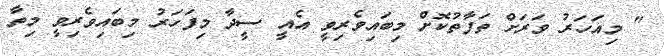
" މިއަހަރު ވަރަށް ތަފާތުކޮށް މިބައިވެރިވީ އެއީ ސީދާ މިފަހަރު މިބައިވެރިވީ މިތާ